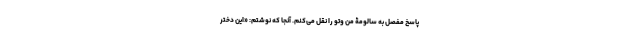
پاسخ مفصل به سالومۀ من وتو را نقل می‌کنم. آنجا که نوشتم: «این دختر